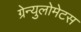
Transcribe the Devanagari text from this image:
ग्रेन्युलोमेटस